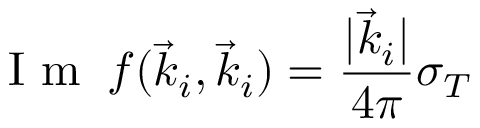
\mathrm { ~ I ~ m ~ } \: f ( \vec { k } _ { i } , \vec { k } _ { i } ) = \frac { | \vec { k } _ { i } | } { 4 \pi } \sigma _ { T }